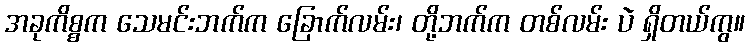
အခုကိစ္စက သေမင်းဘက်က ခြောက်လမ်း၊ တို့ဘက်က တစ်လမ်း ပဲ ရှိတယ်ကွ။